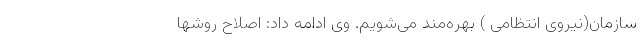
سازمان(نیروی انتظامی ) بهره‌مند می‌شویم. وی ادامه داد: اصلاح روشها